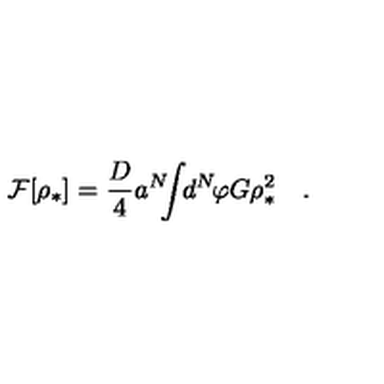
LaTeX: { \cal F } [ \rho _ { * } ] = { \frac { D } { 4 } } a ^ { N } \! \! \! \int \! \! d ^ { N } \! \varphi G \rho _ { * } ^ { 2 } \quad .